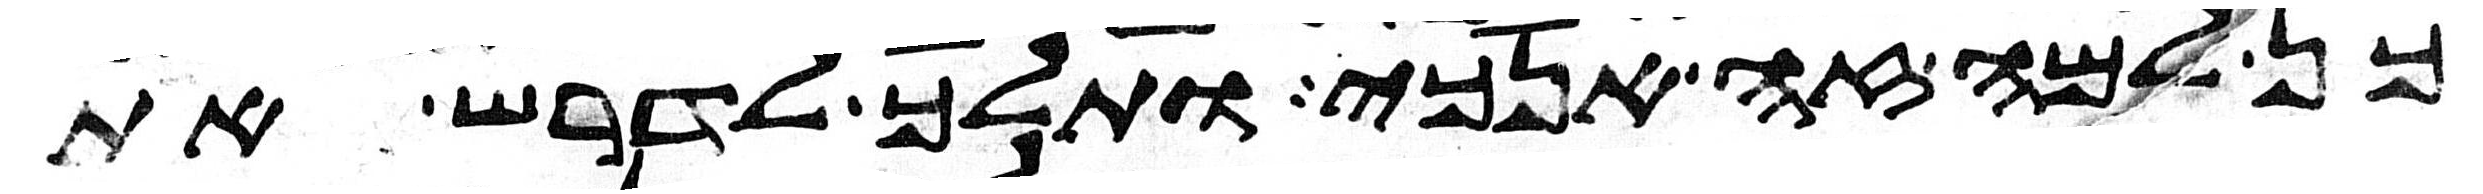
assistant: כן למה זה אנכי ותלך לדרש את